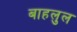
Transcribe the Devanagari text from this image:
बाहलुल